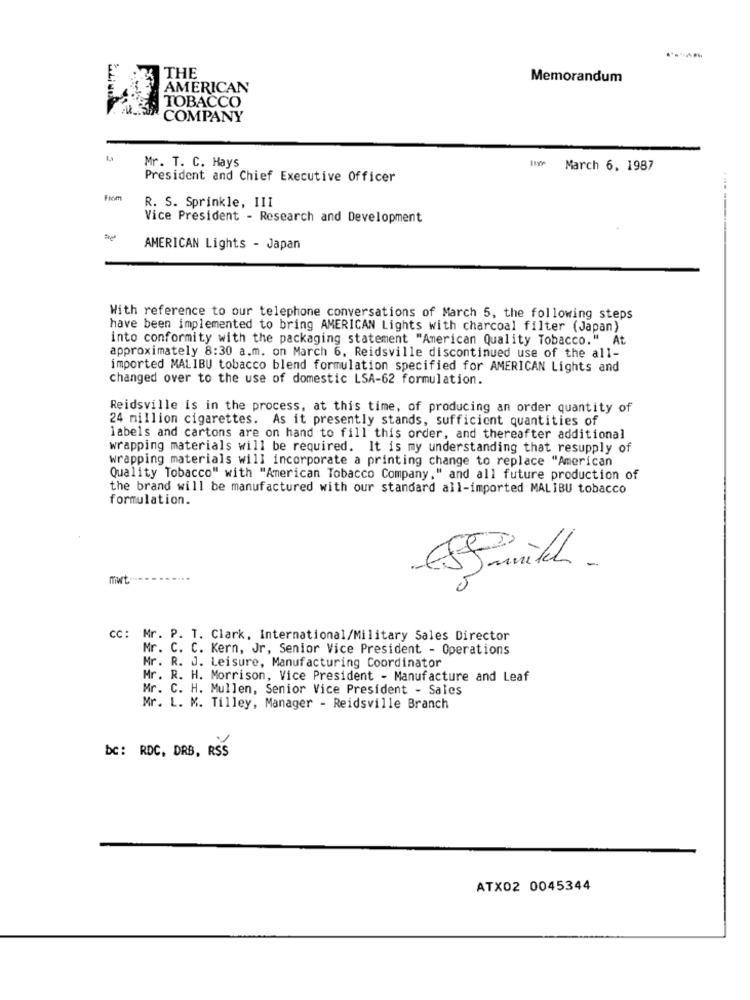
THE
Memorandum
AMERICAN
TOBACCO
COMPANY
Mr. T. C. Hays
March 6, 1987
President and Chief Executive Officer
R. S. Sprinkle, III
Vice President - Research and Development
AMERICAN Lights - Japan
With reference to our telephone conversations of March 5, the following steps
have been implemented to bring AMERICAN Lights with charcoal filter (Japan)
into conformity with the packaging statement "American Quality Tobacco." At
approximately 8:30 a.m. on March 6, Reidsville discontinued use of the all-
imported MALIBU tobacco blend formulation specified for AMERICAN Lights and
changed over to the use of domestic LSA-62 formulation.
Reidsville Is in the process, at this time, of producing an order quantity of
24 million cigarettes. As it presently stands, sufficient quantities of
labels and cartons are on hand to fill this order, and thereafter additional
wrapping materials will be required. It is my understanding that resupply of
wrapping materials will incorporate a printing change to replace "American
Quality Tobacco" with "American Tobacco Company," and all future production of
the brand will be manufactured with our standard all-imported MALIBU tobacco
formulation.
9
mwt.
Cc: Mr. P. T. Clark, International/Military Sales Director
Mr. C. C. Kern, Jr, Senior Vice President - Operations
Mr. R. J. Leisure, Manufacturing Coordinator
Mr. R. H. Morrison, Vice President - Manufacture and Leaf
Mr. C. H. Mullen, Senior Vice President - Sales
Mr. L. M. Tilley, Manager - Reidsville Branch
bc: RDC, DRB, RSS
ATX02 0045344